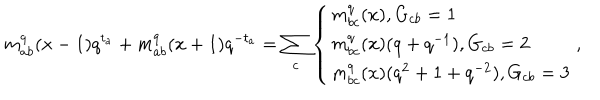
LaTeX: m _ { a b } ^ { q } ( x - 1 ) q ^ { t _ { a } } + m _ { a b } ^ { q } ( x + 1 ) q ^ { - t _ { a } } = \sum _ { c } \left\{ \begin{array} { l } { { m _ { b c } ^ { q } ( x ) , G _ { c b } = 1 } } \\ { { m _ { b c } ^ { q } ( x ) ( q + q ^ { - 1 } ) , G _ { c b } = 2 } } \\ { { m _ { b c } ^ { q } ( x ) ( q ^ { 2 } + 1 + q ^ { - 2 } ) , G _ { c b } = 3 } } \\ \end{array} \right. ,